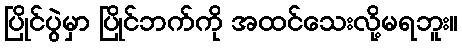
ပြိုင်ပွဲမှာ ပြိုင်ဘက်ကို အထင်သေးလို့မရဘူး။